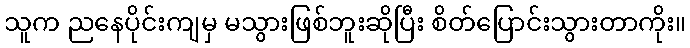
သူက ညနေပိုင်းကျမှ မသွားဖြစ်ဘူးဆိုပြီး စိတ်ပြောင်းသွားတာကိုး။